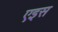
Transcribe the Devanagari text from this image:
एइस